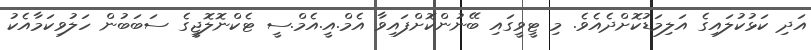
އަދި ކަޅުކުލައިގެ އަލިމަޑުކޮށްދެއެވެ. މި ޓީވީގައި ބޭނުންކޮށްފައިވާ އެމް.އީ.އެމް.ސީ ޓެކްނޮލޮޖީގެ ސަބަބުން ހަލުވިކަމާއެކު